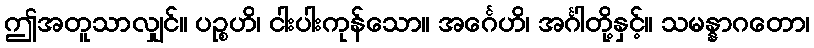
ဤအတူသာလျှင်။ ပဉ္စဟိ၊ ငါးပါးကုန်သော။ အင်္ဂေဟိ၊ အင်္ဂါတို့နှင့်။ သမန္နာဂတော၊